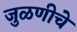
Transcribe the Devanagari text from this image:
जुळणीचे